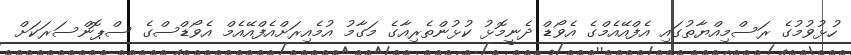
ހުޅުވުމުގެ ރަސްމިއްޔާތުގައި އެފްއޭއެމްގެ އެވޯޑް ދެނީމޮޅު ކުޅުންތެރިއާގެ މަގާމު އުމެއިރަށްއެފްއޭއެމް އެވޯޑްސްގެ ސްޕޮންސަރަކަށް